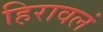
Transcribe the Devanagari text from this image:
हिरावलं